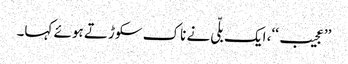
’’عجیب‘‘، ایک بلّی نے ناک سکوڑتے ہوئے کہا۔